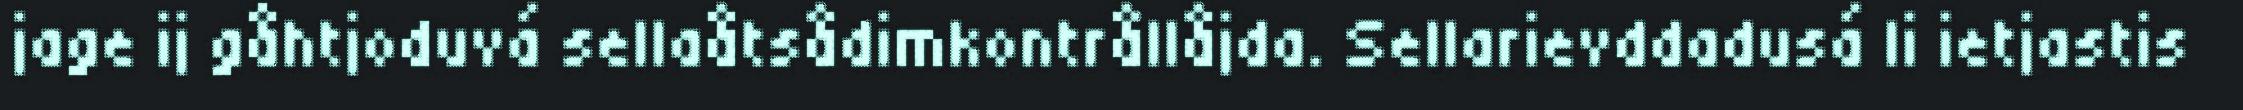
jage ij gåhtjoduvá sellaåtsådimkontrållåjda. Sellarievddadusá li ietjastis